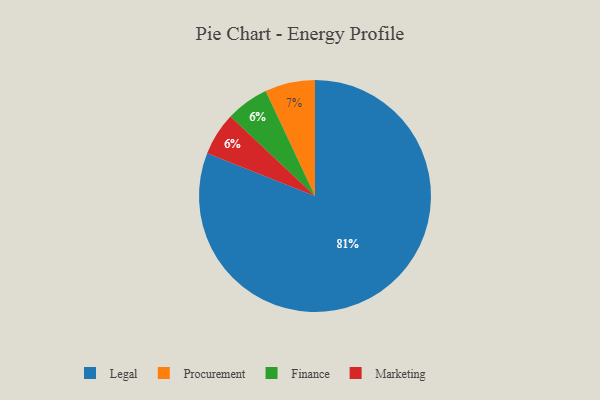
{"axis": {"x": "Category", "y": "Percentage"}, "legend": ["Finance", "Legal", "Marketing", "Procurement"], "data": [{"x": "Legal", "y": 81, "type": "Legal"}, {"x": "Finance", "y": 6, "type": "Finance"}, {"x": "Procurement", "y": 7, "type": "Procurement"}, {"x": "Marketing", "y": 6, "type": "Marketing"}]}